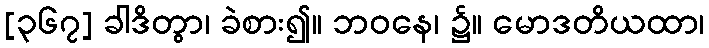
[၃၆၇] ခါဒိတွာ၊ ခဲစား၍။ ဘဝနေ၊ ၌။ မောဒတိယထာ၊